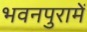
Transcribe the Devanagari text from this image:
भवनपुरामें